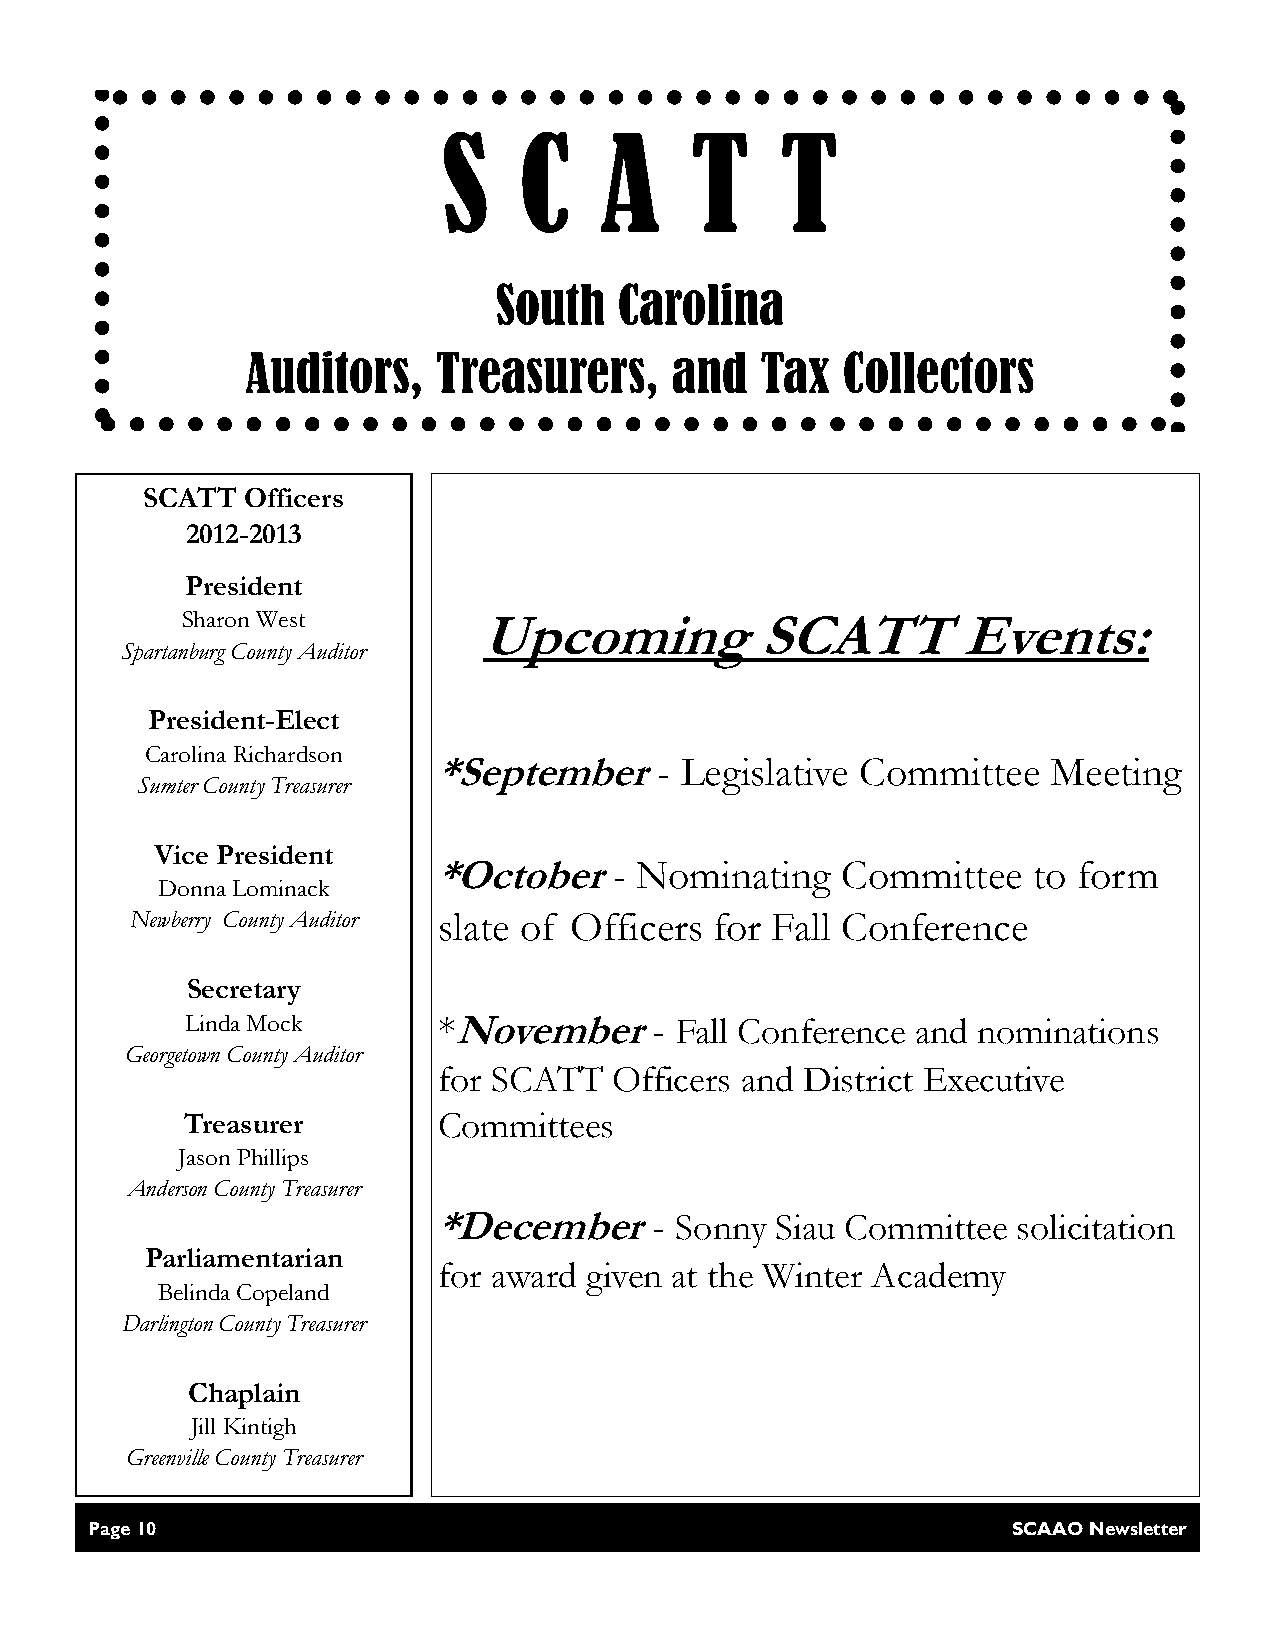
S    C     A     T     T
 South   Carolina
 Auditors,    Treasurers,    and   Tax   Collectors
 SCATT  Officers
 2012-2013
 President
 Sharon West         Upcoming          SCATT        Events:
 Spartanburg County Auditor
 President-Elect
 Carolina Richardson
 *September     - Legislative Committee   Meeting
 Sumter County Treasurer
 Vice President
 *October    - Nominating   Committee   to form
 Donna Lominack
 Newberry County Auditor slate of Officers for Fall Conference
 Secretary
 Linda Mock       *November     - Fall Conference and nominations
 Georgetown County Auditor
 for SCATT   Officers and District Executive
 Treasurer        Committees
 Jason Phillips
 Anderson County Treasurer
 *December     - Sonny Siau Committee  solicitation
 Parliamentarian
 for award given at the Winter Academy
 Belinda Copeland
 Darlington County Treasurer
 Chaplain
 Jill Kintigh
 Greenville County Treasurer
 Page 10                                                      SCAAO Newsletter